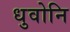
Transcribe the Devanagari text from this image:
धुवोनि